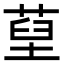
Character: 𦵐